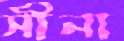
সীনা